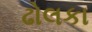
ઢોલકા